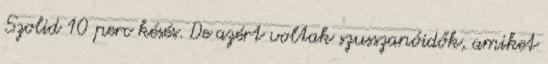
Szolid 10 perc késés. De azért voltak szusszanóidők, amiket